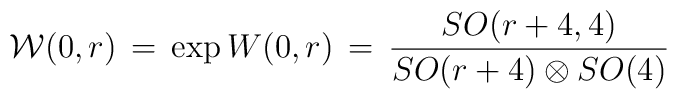
{\cal W}(0,r)\,=\, \exp{W(0,r)}\, =\,\frac{SO(r+4,4)}{SO(r+4)\otimes SO(4)}